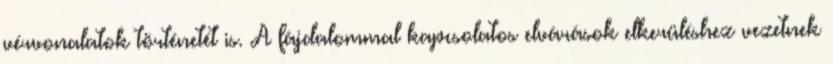
vérvonalatok történetét is. A fájdalommal kapcsolatos elvárások elkerüléshez vezetnek